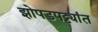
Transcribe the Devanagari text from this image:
झोपडपट्ट्यांत